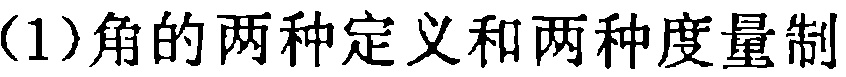
(1)角的两种定义和两种度量制